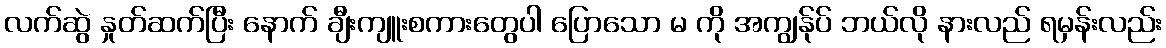
လက်ဆွဲ နှုတ်ဆက်ပြီး နောက် ချီးကျူးစကားတွေပါ ပြောသော မ ကို အကျွန်ုပ် ဘယ်လို နားလည် ရမှန်းလည်း